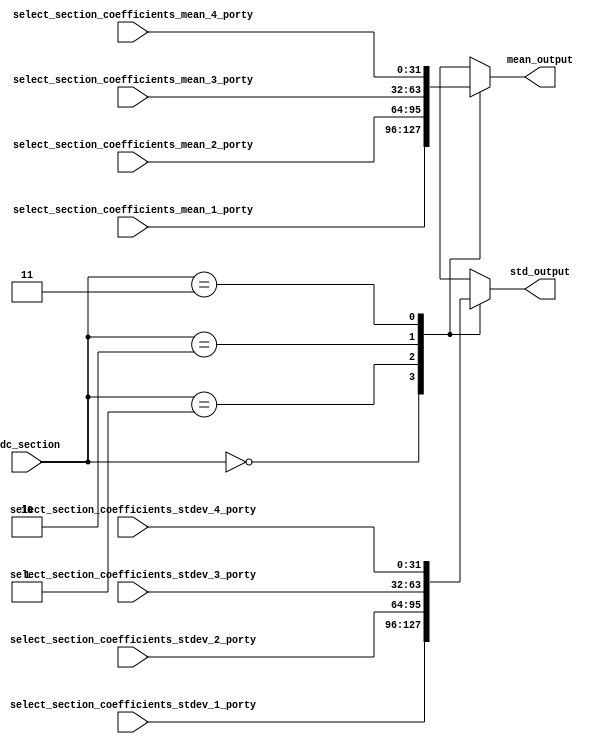

module std_selection(
	  input [31:0] select_section_coefficients_stdev_4_porty, // ufix32
    input [31:0] select_section_coefficients_stdev_3_porty, // ufix32
    input [31:0] select_section_coefficients_stdev_2_porty, // ufix32
    input [31:0] select_section_coefficients_stdev_1_porty, // ufix32
    input [31:0] select_section_coefficients_mean_4_porty, // ufix32
    input [31:0] select_section_coefficients_mean_3_porty, // ufix32
    input [31:0] select_section_coefficients_mean_2_porty, // ufix32
    input [31:0] select_section_coefficients_mean_1_porty, // ufix32 
	  input [1:0] adc_section,
	  output reg [31:0] std_output,
	  output reg [31:0] mean_output
    );
    
always @(*)
begin
  case(adc_section)
		2'b00:
		begin
			std_output = select_section_coefficients_stdev_1_porty;
			mean_output = select_section_coefficients_mean_1_porty;
		end
		2'b01:
		begin
			std_output = select_section_coefficients_stdev_2_porty;
			mean_output = select_section_coefficients_mean_2_porty;
		end
		2'b10:
		begin
			std_output = select_section_coefficients_stdev_3_porty;
			mean_output = select_section_coefficients_mean_3_porty;
		end
		2'b11:
		begin
			std_output = select_section_coefficients_stdev_4_porty;
			mean_output = select_section_coefficients_mean_4_porty;
		end
	endcase
end

endmodule